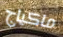
ماكياج